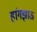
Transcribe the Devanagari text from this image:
हांगझाऊ